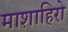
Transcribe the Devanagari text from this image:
माशाहिरो